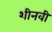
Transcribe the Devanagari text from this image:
शीनवी